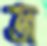
জ